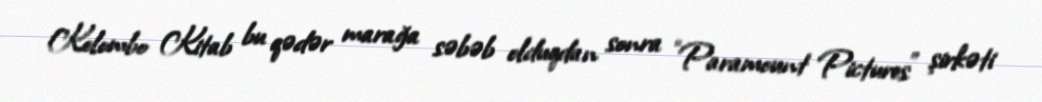
Kolombo Kitab bu qədər marağa səbəb olduqdan sonra “Paramount Pictures” şirkəti